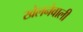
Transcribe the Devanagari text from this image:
खेलनेवाली